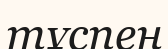
тұспен